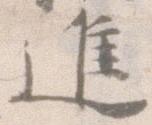
進